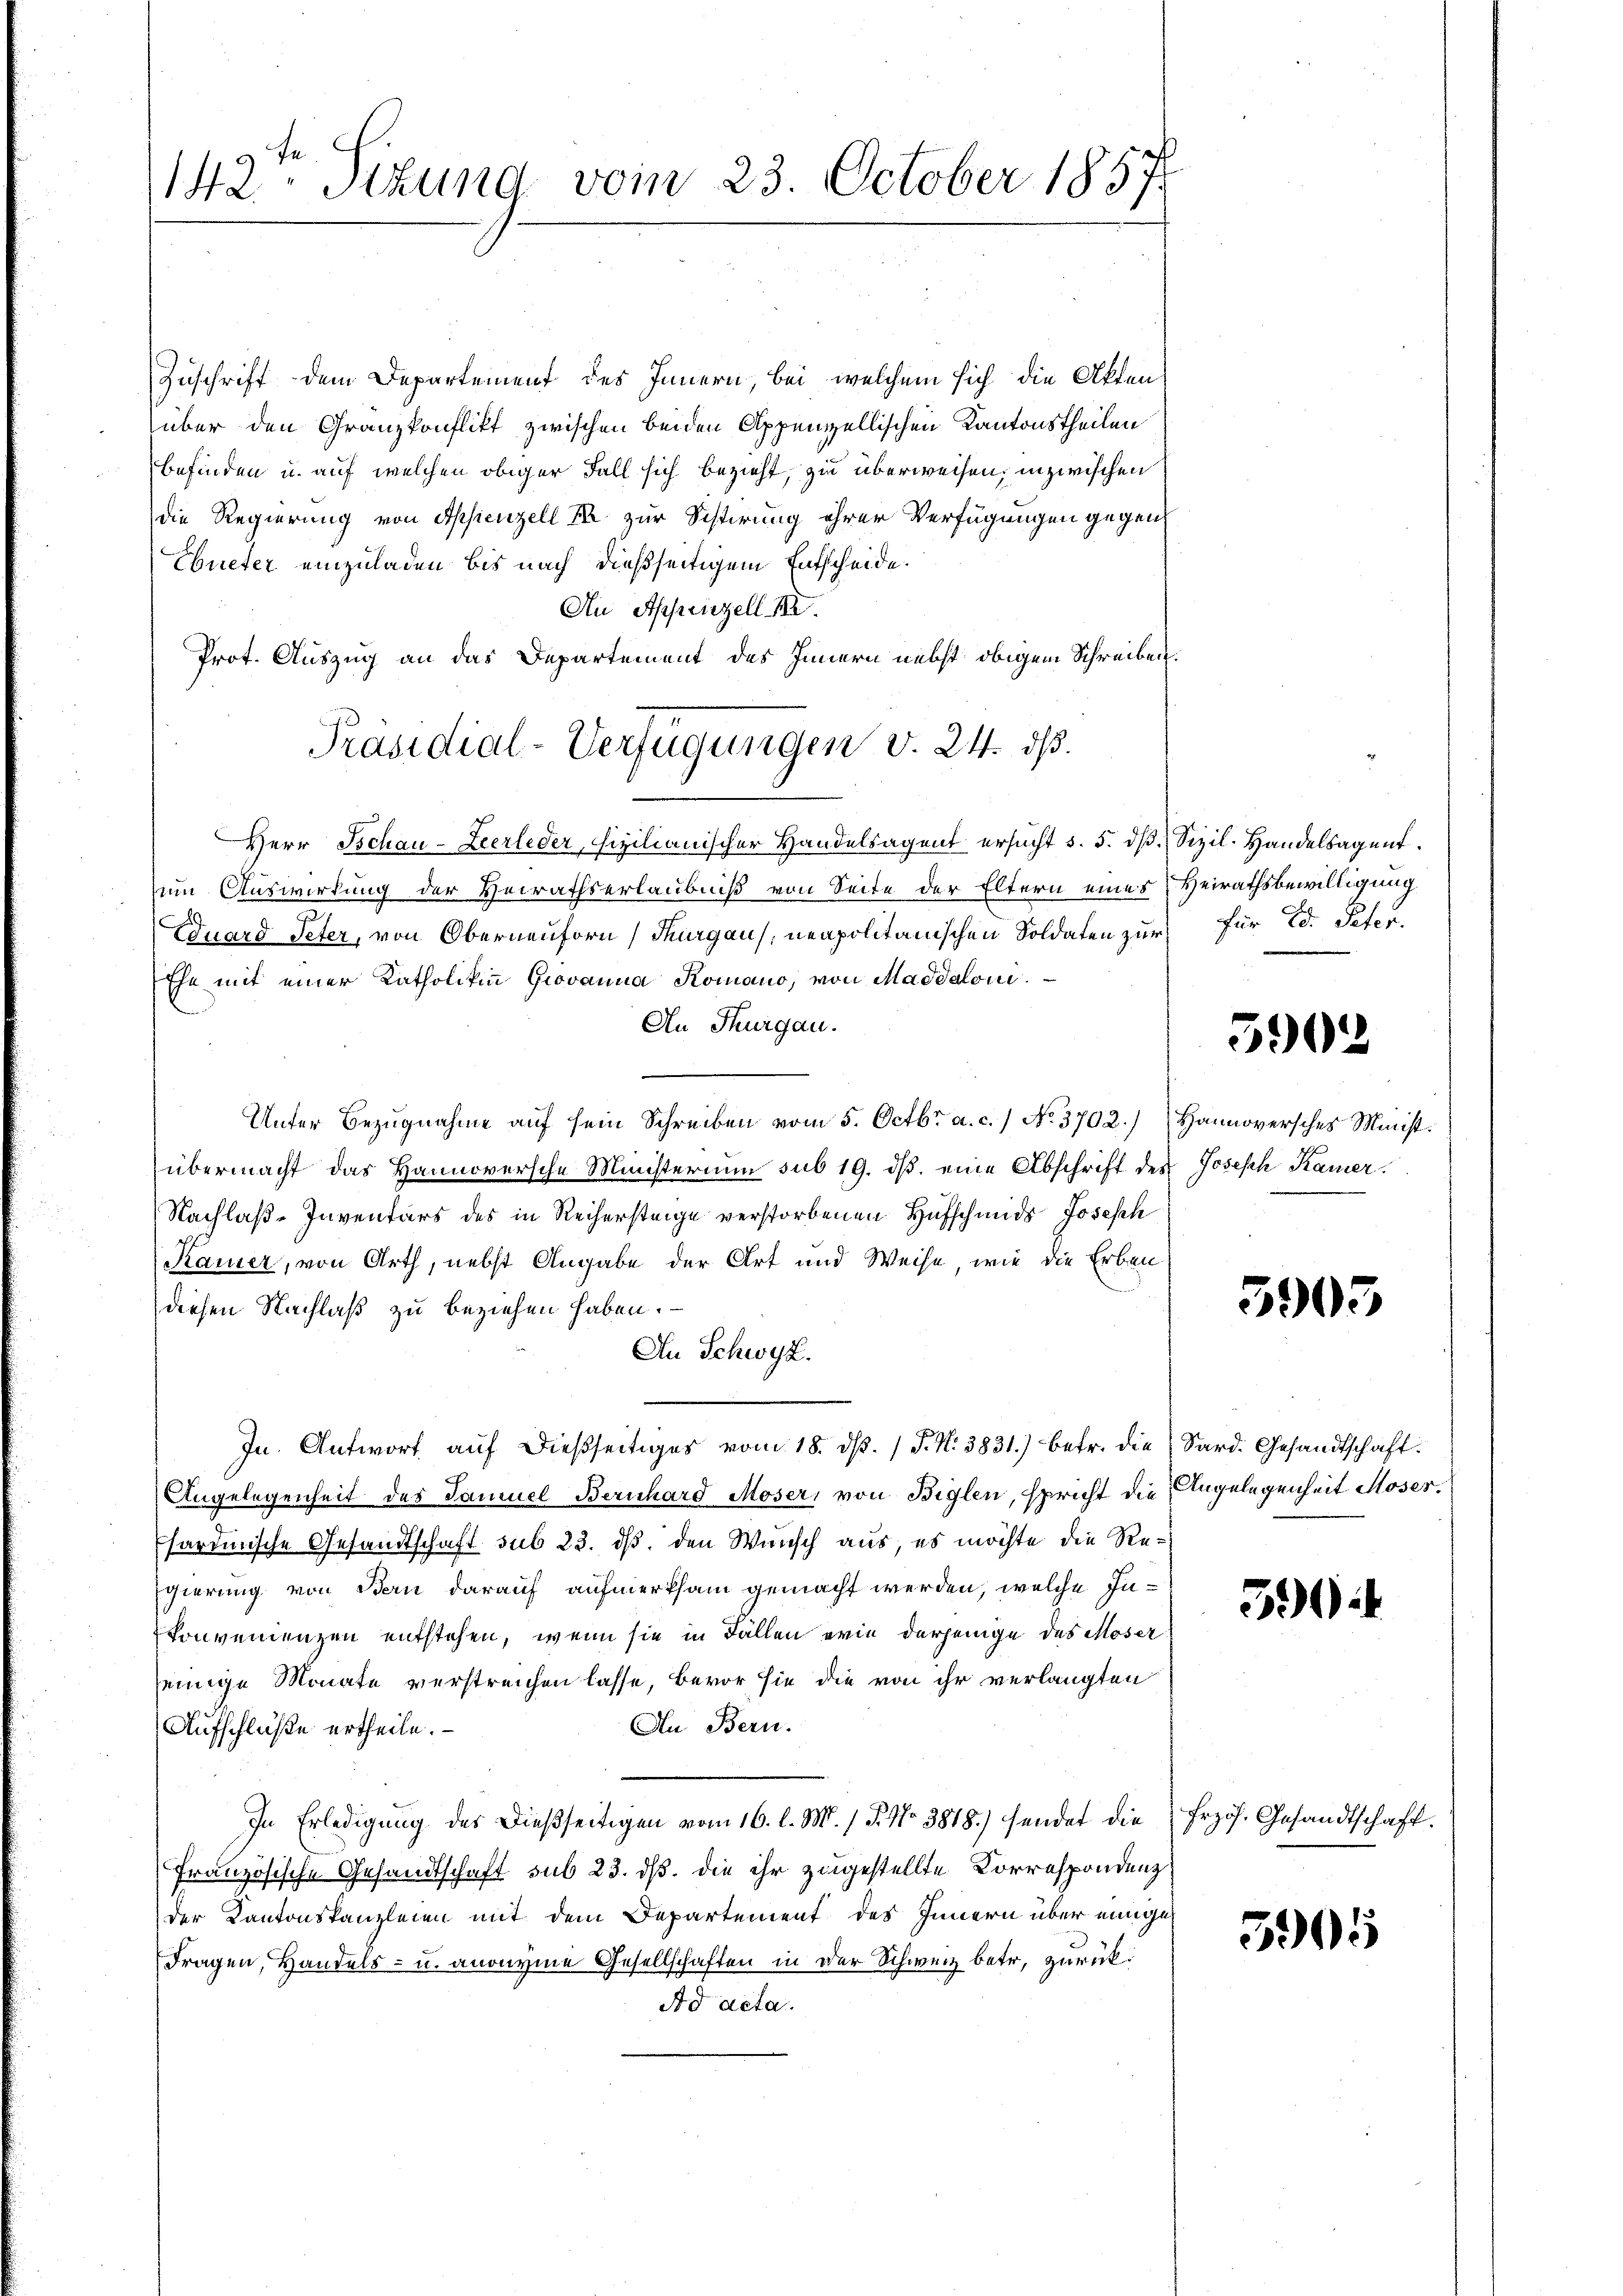
142. Situng vom 23. October 1857

Zuschrift dem Departement des Innern, bei welchem sich die Akten
über den Granzkonflikt zwischen beiden Appenzellischen Kantonstheilen
befinden u. auf welchen obiger Fall sich bezieht, zu überweisen, inzwischen
die Regierung von Appenzell er zur Sistirung ihrer Verfügungen gegen
Ebueter einzuladen bis nach dießseitigem Entscheide.
Au Appenzell III.
Prot. Auszug an das Departement des Innern nebst obigem Schreiben.
Herr Tschau-Zeerleder, fizilianischer Handelsagent ersucht s. 5. dβ Sizil. Handelsagent
um Auswirkung der Heirathserlaubniß von Seite der Eltern eines Heirathsbewilligung
Eduard Peter, von Oberneunforn Thurgau, neapolitanischen Soldaten zur für Ed. Peter.
Ehe mit einer Katholiken Grovanna Romano, von Maddaloni
An Thurgau.
Unter Bezugnahme auf sein Schreiben vom 5. Octbr. a. c.) No 3702.) Hannoversches Minist.
übermacht das Hannoversche Ministerium sub 19. ds. eine Abschrift des Joseph Kamer
Nachlaß-Inventars des in Reihersteige verstorbenen Hufschmids Joseph
Kamer, von Arth, nebst Angabe der Art und Weise, wie die Erben
diesen Nachlaß zu beziehen haben.
An Schwyz.
In Antwort auf dießseitiges vom 18. d. 1 S. Nr. 3831) betr. die Sard. Gesandtschaft.
Angelegenheit des Samuel Bernhard Moser, von Biglen, spricht die Angelegenheit Moser.
Ehardinische Gesandtschaft sub 23. ds. den Wunsch aus, es möchte die Re-
Egierung von Bern darauf aufmerksam gemacht werden, welche Inkonvenienzen entstehen, wenn sie in Fällen ein derjenige des Moser
seinige Monate verstreichen lasse, bevor sie die von ihr verlangten
An Bern.
Aufschlüße ertheile.
In Erledigung des dießseitigen vom 16. l. M. / P. No 3818.) sendet die
Französische Gesandtschaft sub 23. ds. die ihr zugestellte Korrespondenz
der Kantonskanzleien mit dem Departement des Innern über einige
Fragen, Handels- u. anonyme Gesellschaften in der Schweiz betr. zurück¬
Ad acta.

Präsidial-Verfügungen v. 24. ds.

5902

5903

599

Erzös. Gesandtschaft.

5905